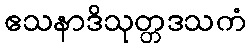
ဧသနာဒိသုတ္တဒသကံ